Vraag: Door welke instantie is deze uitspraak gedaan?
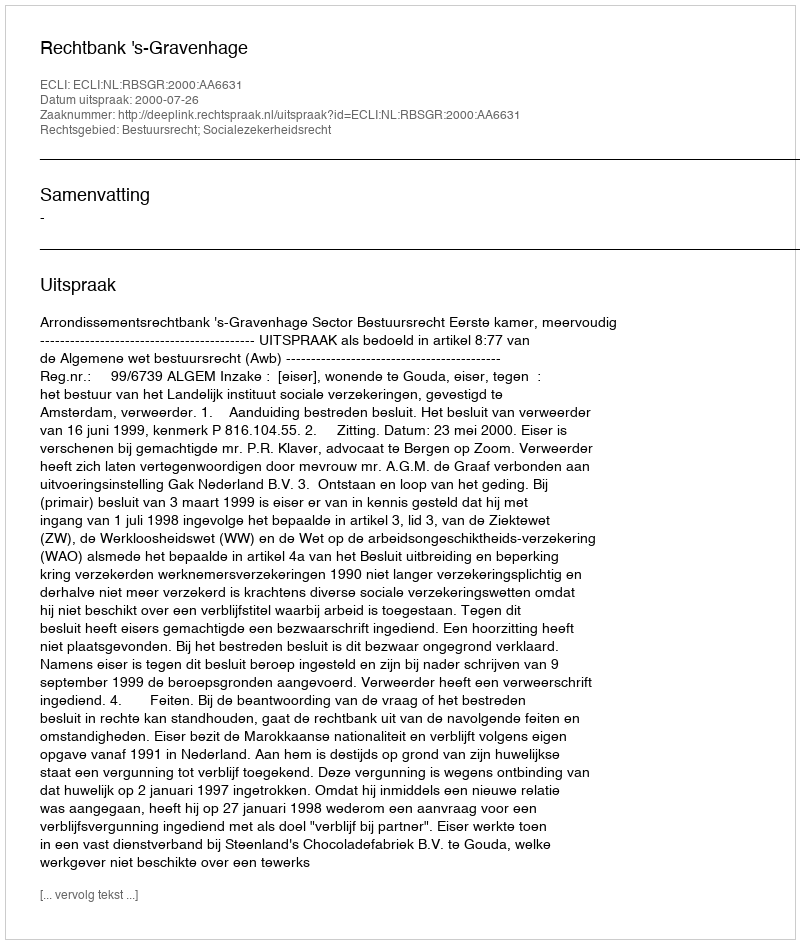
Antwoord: Rechtbank 's-Gravenhage